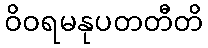
ဝိဝရမနုပတတီတိ